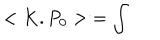
LaTeX: < K . P _ { 0 } > : = \int